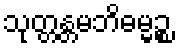
သုတ္တန္တမဘိဓမ္မဉ္စ